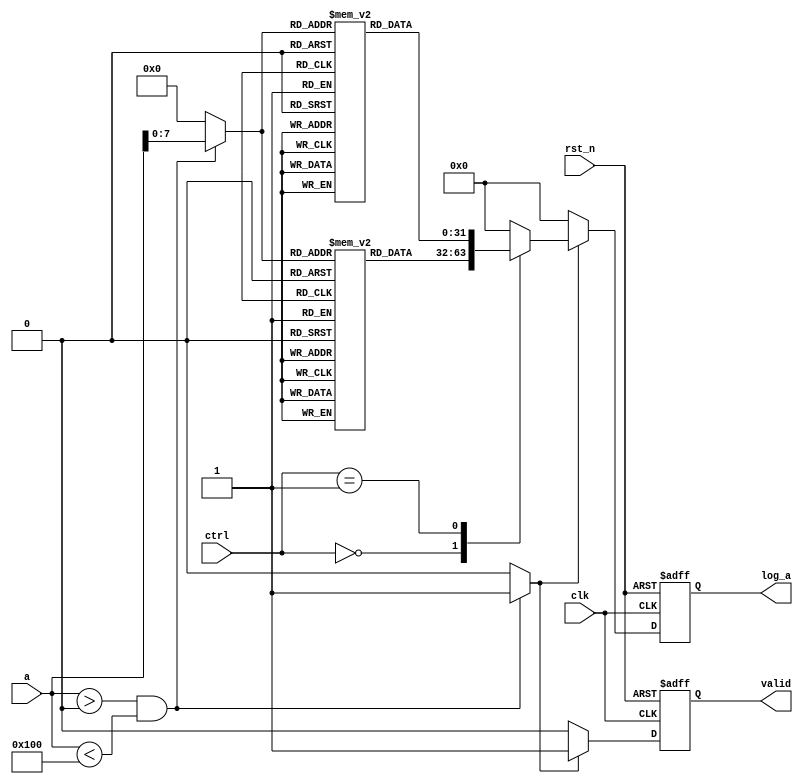
module LogarithmicUnit (
    input wire [31:0] a,        // Input A (32-bit binary number)
    input wire [1:0] ctrl,      // Control signals for base selection
    input wire clk,             // System clock
    input wire rst_n,           // Asynchronous reset
    output reg [31:0] log_a,    // Logarithmic result (32-bit)
    output reg valid            // Valid output flag
);

    // Parameters for log base selection
    localparam BASE_LN = 2'b00; // Natural log
    localparam BASE_LOG10 = 2'b01; // Log base 10
    localparam LUT_SIZE = 256;   // Example size for LUT

    // LUTs for logarithmic values (normalized and scaled appropriately)
    reg [31:0] lut_ln [0:LUT_SIZE-1];   // LUT for natural log
    reg [31:0] lut_log10 [0:LUT_SIZE-1]; // LUT for log base 10

    // Initialize the LUTs with precomputed values (you need to fill this)
    initial begin
        // Fill the LUTs with logarithmic values (example only, values need to be computed)
        // lut_ln[i] = ln(i);
        // lut_log10[i] = log10(i);
    end

    // Internal signals
    reg [31:0] input_value;
    reg [7:0] lut_index;
    reg lut_valid;
    
    // Combinational logic for determining LUT index and validity
    always @(*) begin
        if (a > 0 && a < LUT_SIZE) begin
            lut_index = a[7:0]; // Use lower 8 bits for LUT indexing
            lut_valid = 1'b1;
        end else begin
            lut_index = 8'b0;
            lut_valid = 1'b0; // Invalid if out of LUT range
        end
    end

    // Output logic and computation based on control signal
    always @(posedge clk or negedge rst_n) begin
        if (!rst_n) begin
            log_a <= 32'b0;
            valid <= 1'b0;
        end else begin
            if (lut_valid) begin
                case (ctrl)
                    BASE_LN: log_a <= lut_ln[lut_index];  // Natural Log
                    BASE_LOG10: log_a <= lut_log10[lut_index]; // Log base 10
                    default: log_a <= 32'b0; // Default case
                endcase
                valid <= 1'b1; // Set valid high if output is computed
            end else begin
                log_a <= 32'b0; // Invalid output
                valid <= 1'b0;   // Set valid low
            end
        end
    end

endmodule